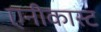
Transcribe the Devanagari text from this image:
एनीकास्ट